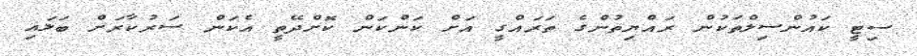
ސިޓީ ކައުންސިލްތަކުން ރައްޔިތުންގެ ތަރައްގީ އަށް ކަންކަން ކޮށްދޭތީ އެކަން ސަރުކާރަށް ބަލައި